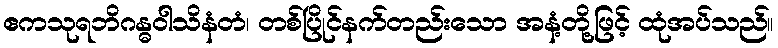
ဧကသုရဘိဂန္ဓဝါသိနံတံ၊ တစ်ပြိုင်နက်တည်းသော အနံ့တို့ဖြင့် ထုံအပ်သည်။